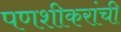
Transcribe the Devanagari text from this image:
पणशीकरांची